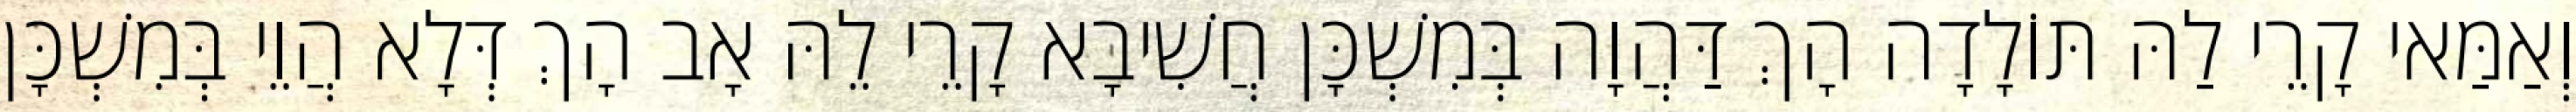
וְאַמַּאי קָרֵי לַהּ תּוֹלָדָה הָךְ דַּהֲוָה בְּמִשְׁכָּן חֲשִׁיבָא קָרֵי לֵהּ אָב הָךְ דְּלָא הֲוֵי בְּמִשְׁכָּן